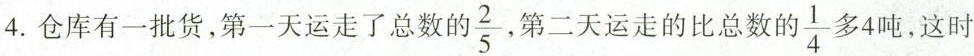
4.仓库有一批货，第一天运走了总数的\frac{2}{5},第二天运走的比总数的\frac{1}{4}多4吨，这时